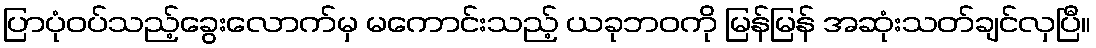
ပြာပုံဝပ်သည့်ခွေးလောက်မှ မကောင်းသည့် ယခုဘဝကို မြန်မြန် အဆုံးသတ်ချင်လှပြီ။